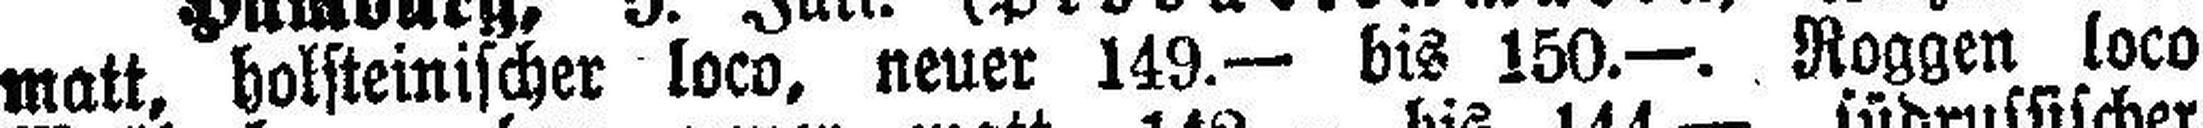
matt, holsteinischer loco, neuer 149.— bis 150.—. Roggen loco